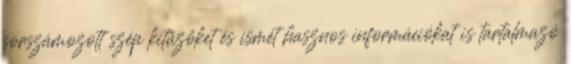
sorszámozott szép kitűzőket és ismét hasznos információkat is tartalmazó